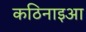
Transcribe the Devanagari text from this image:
कठिनाइआ